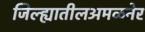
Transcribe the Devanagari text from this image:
जिल्ह्यातीलअमळनेर